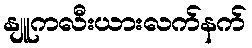
နျူကလီးယားလက်နက်